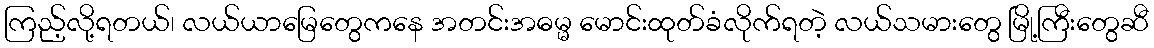
ကြည့်လို့ရတယ်၊ လယ်ယာမြေတွေကနေ အတင်းအဓမ္မ မောင်းထုတ်ခံလိုက်ရတဲ့ လယ်သမားတွေ မြို့ကြီးတွေဆီ